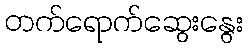
တက်ရောက်ဆွေးနွေး